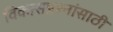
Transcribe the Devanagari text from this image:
विकासप्रश्नांसाठी